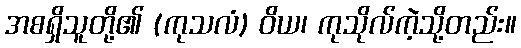
အစရှိသူတို့၏ (ကုသလံ) ဝိယ၊ ကုသိုလ်ကဲ့သို့တည်း။